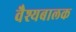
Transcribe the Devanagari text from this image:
वैश्यबालक